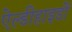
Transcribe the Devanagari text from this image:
ऐल्डीहाइडों